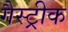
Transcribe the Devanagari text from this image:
गैस्ट्रीक